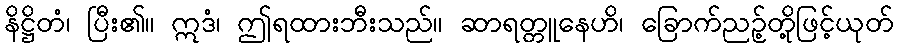
နိဋ္ဌိတံ၊ ပြီး၏။ ဣဒံ၊ ဤရထားဘီးသည်။ ဆာရတ္တူနေဟိ၊ ခြောက်ညဉ့်တို့ဖြင့်ယုတ်